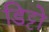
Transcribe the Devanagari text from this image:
डिट्टो